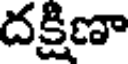
దక్షిణా